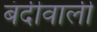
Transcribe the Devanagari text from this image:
बंदीवाली